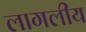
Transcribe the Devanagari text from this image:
लागलीय